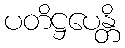
ပတိဋ္ဌပေန္တိ